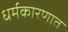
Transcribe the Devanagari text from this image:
धर्मकारणात